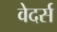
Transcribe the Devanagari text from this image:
वेदर्स